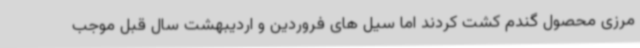
مرزی محصول گندم کشت کردند اما سیل های فروردین و اردیبهشت سال قبل موجب